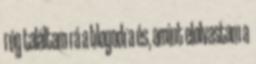
rég találtam rá a blogodra és, amint elolvastam a